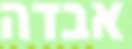
אבדה